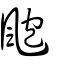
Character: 颮